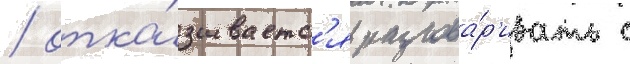
/ отка́зываетс'я разгова́р'ивать с